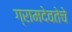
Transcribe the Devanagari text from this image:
ग्रामदेवतेचे